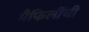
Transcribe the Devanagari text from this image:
मैफिलींची